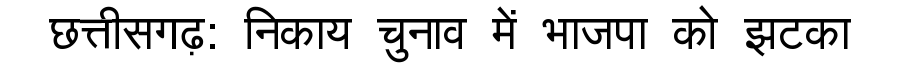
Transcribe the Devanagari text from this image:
छत्तीसगढ़: निकाय चुनाव में भाजपा को झटका